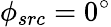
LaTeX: \phi_{src}=0^{\circ}